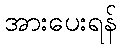
အားပေးရန်